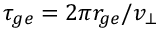
\tau _ { g e } = 2 \pi r _ { g e } / v _ { \bot }